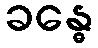
ခန္ဓေ